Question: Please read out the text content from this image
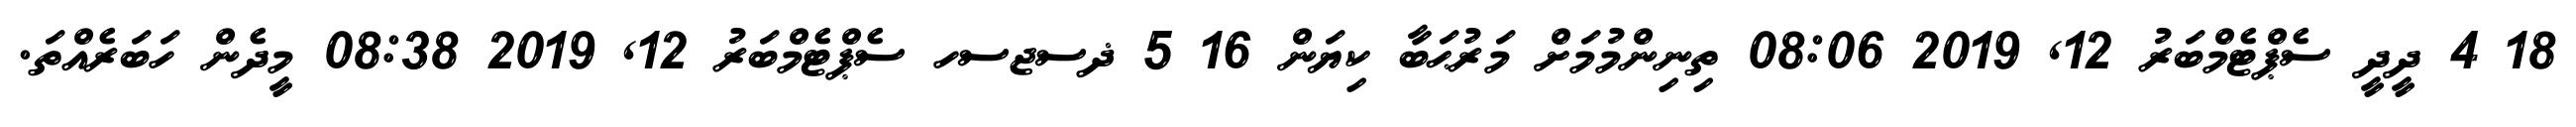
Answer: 18 4 ދީދީ ސެޕްޓެމްބަރު 12, 2019 08:06 ތިނިންމުމަށް މަރުޙަބާ ކިޔަން 16 5 ޛސޖސހ ސެޕްޓެމްބަރު 12, 2019 08:38 މީދެން ހަބަރެއްތަ.